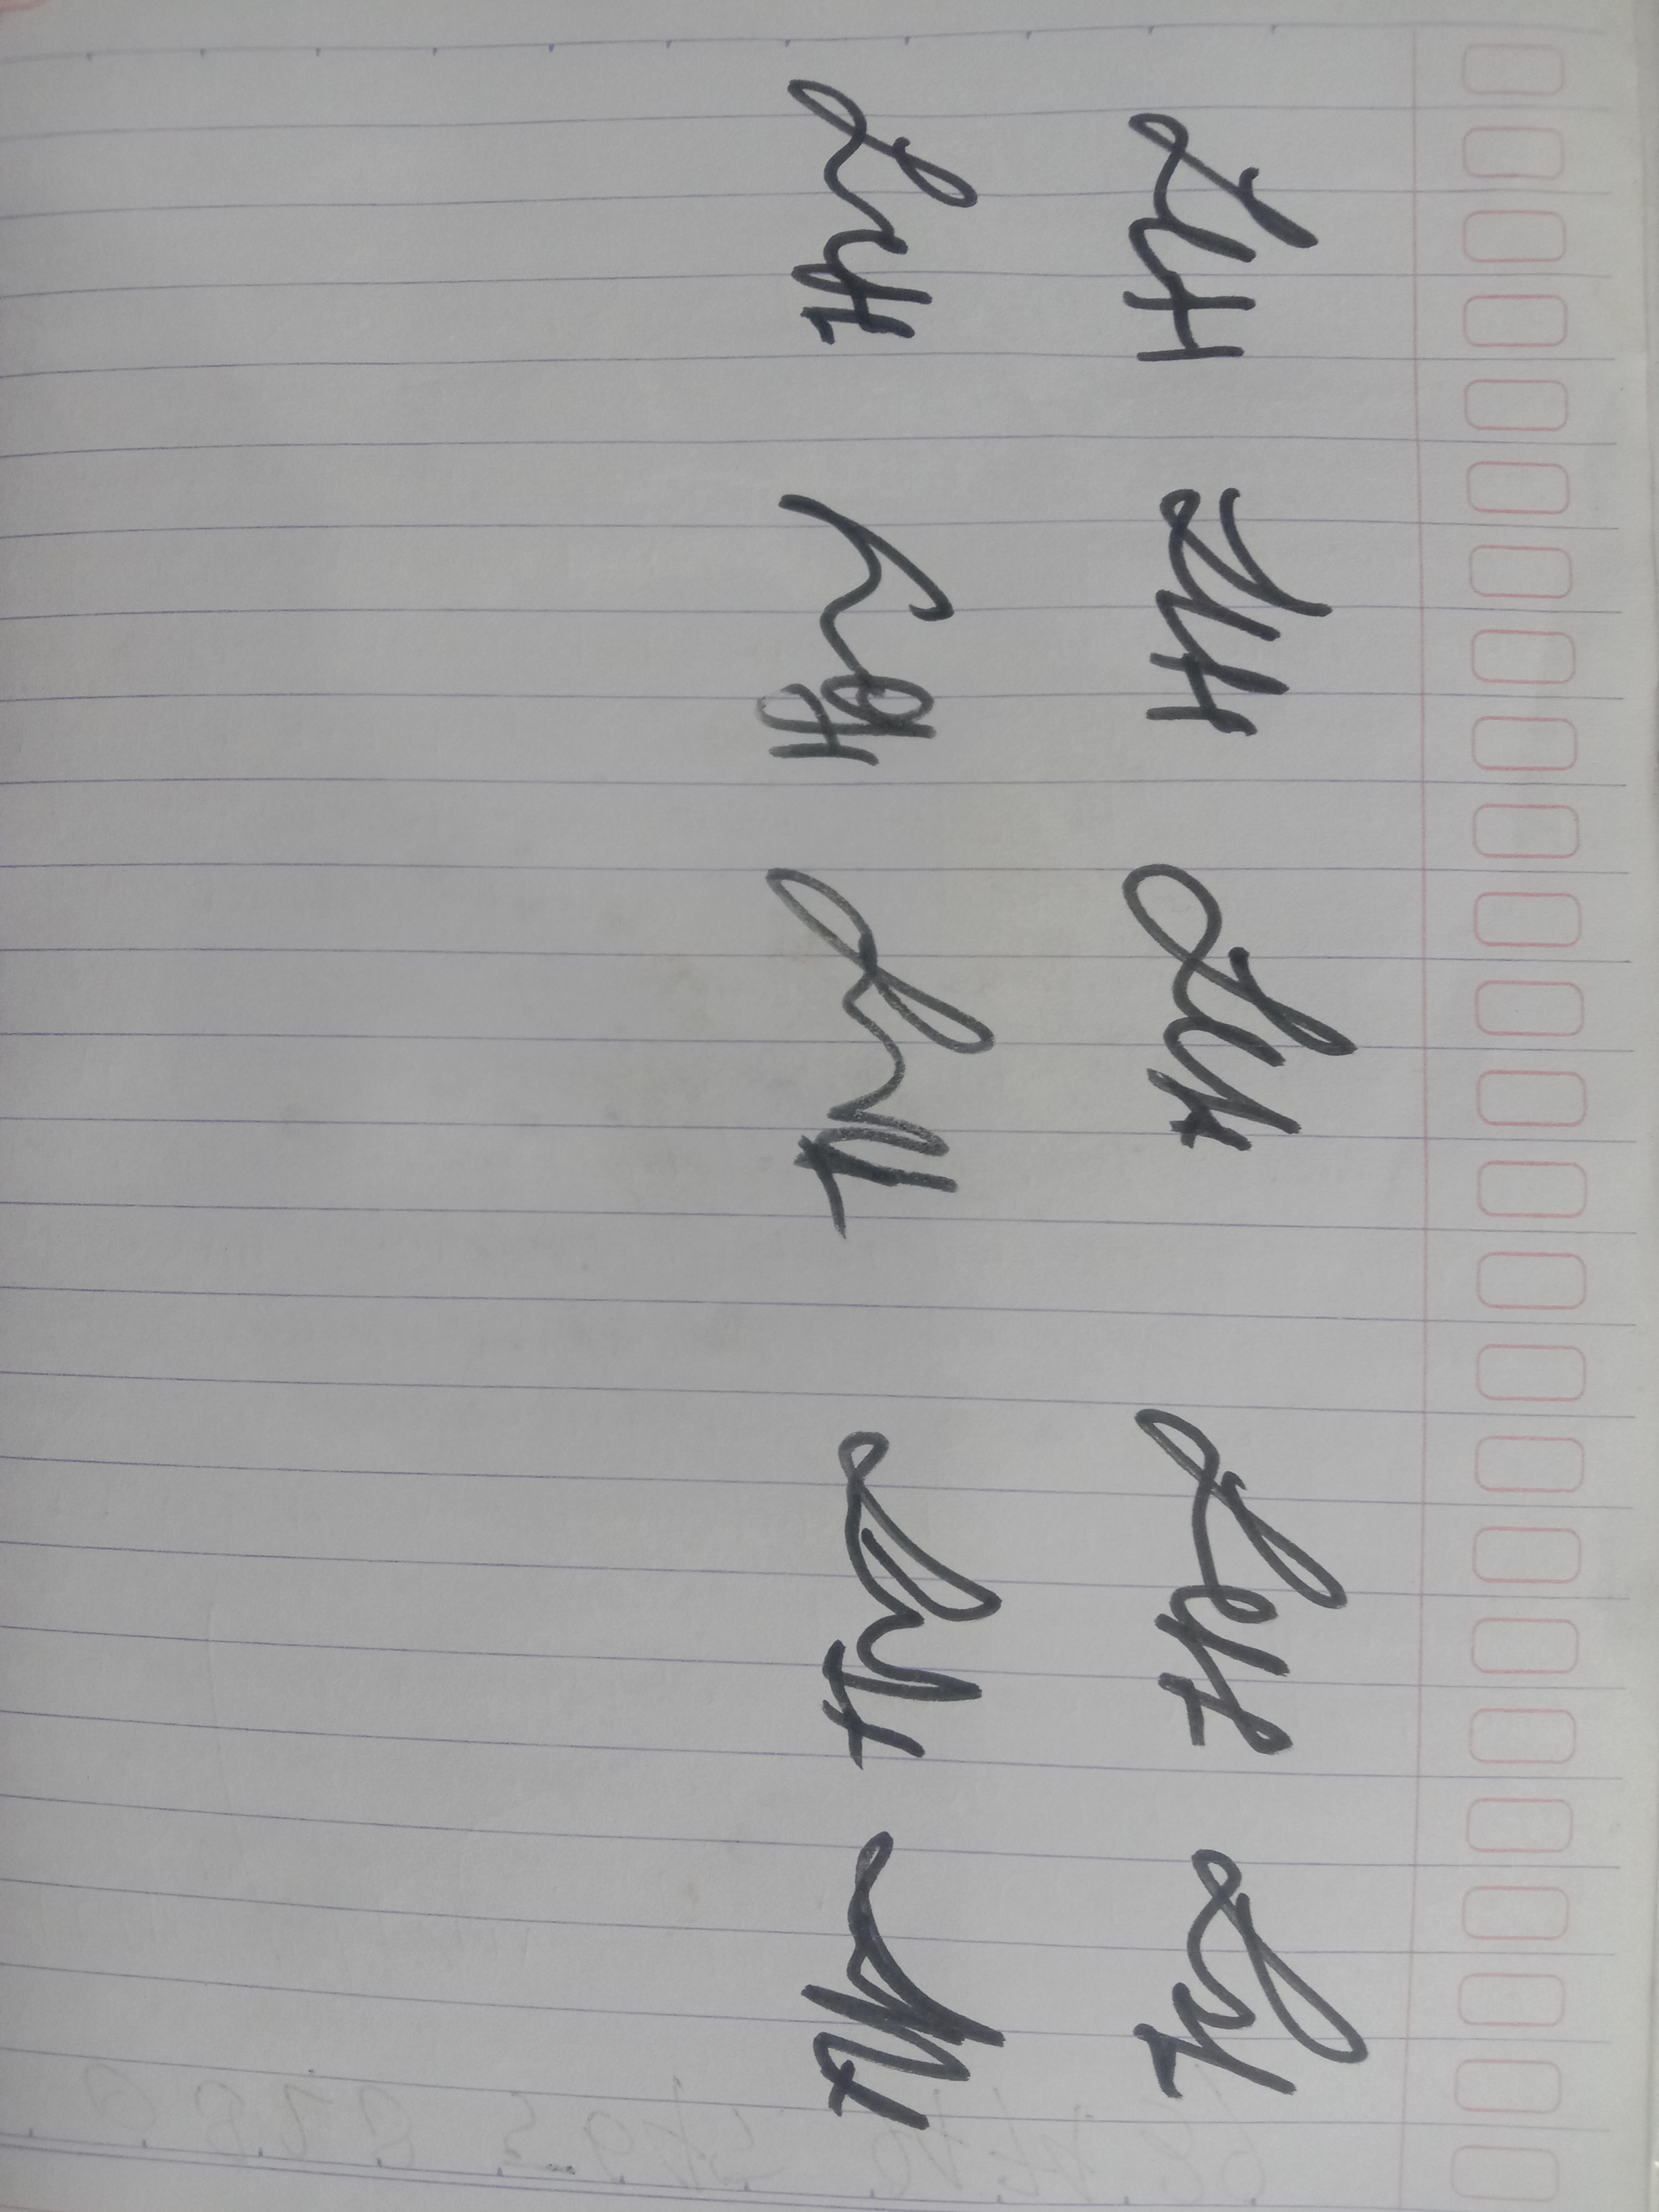
Signature authenticity: genuine